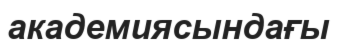
академиясындағы